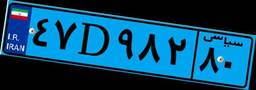
۴۷D۹۸۲۸۰